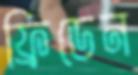
ফ্রিডেন